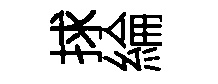
捄綸